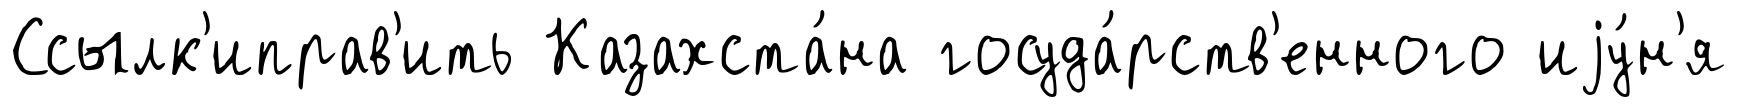
Ссылк'иправ'ить Казахста́на госуда́рств'енного иjу́н'я